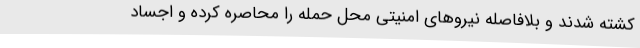
کشته شدند و بلافاصله نیروهای امنیتی محل حمله را محاصره کرده و اجساد